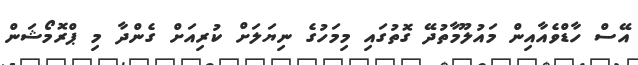
އޭސް ހާޑްވެއާއިން މައުލޫމާތުދޭ ގޮތުގައި މިމަހުގެ ނިޔަލަށް ކުރިއަށް ގެންދާ މި ޕްރޮމޯޝަން